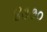
૪૩૭૦